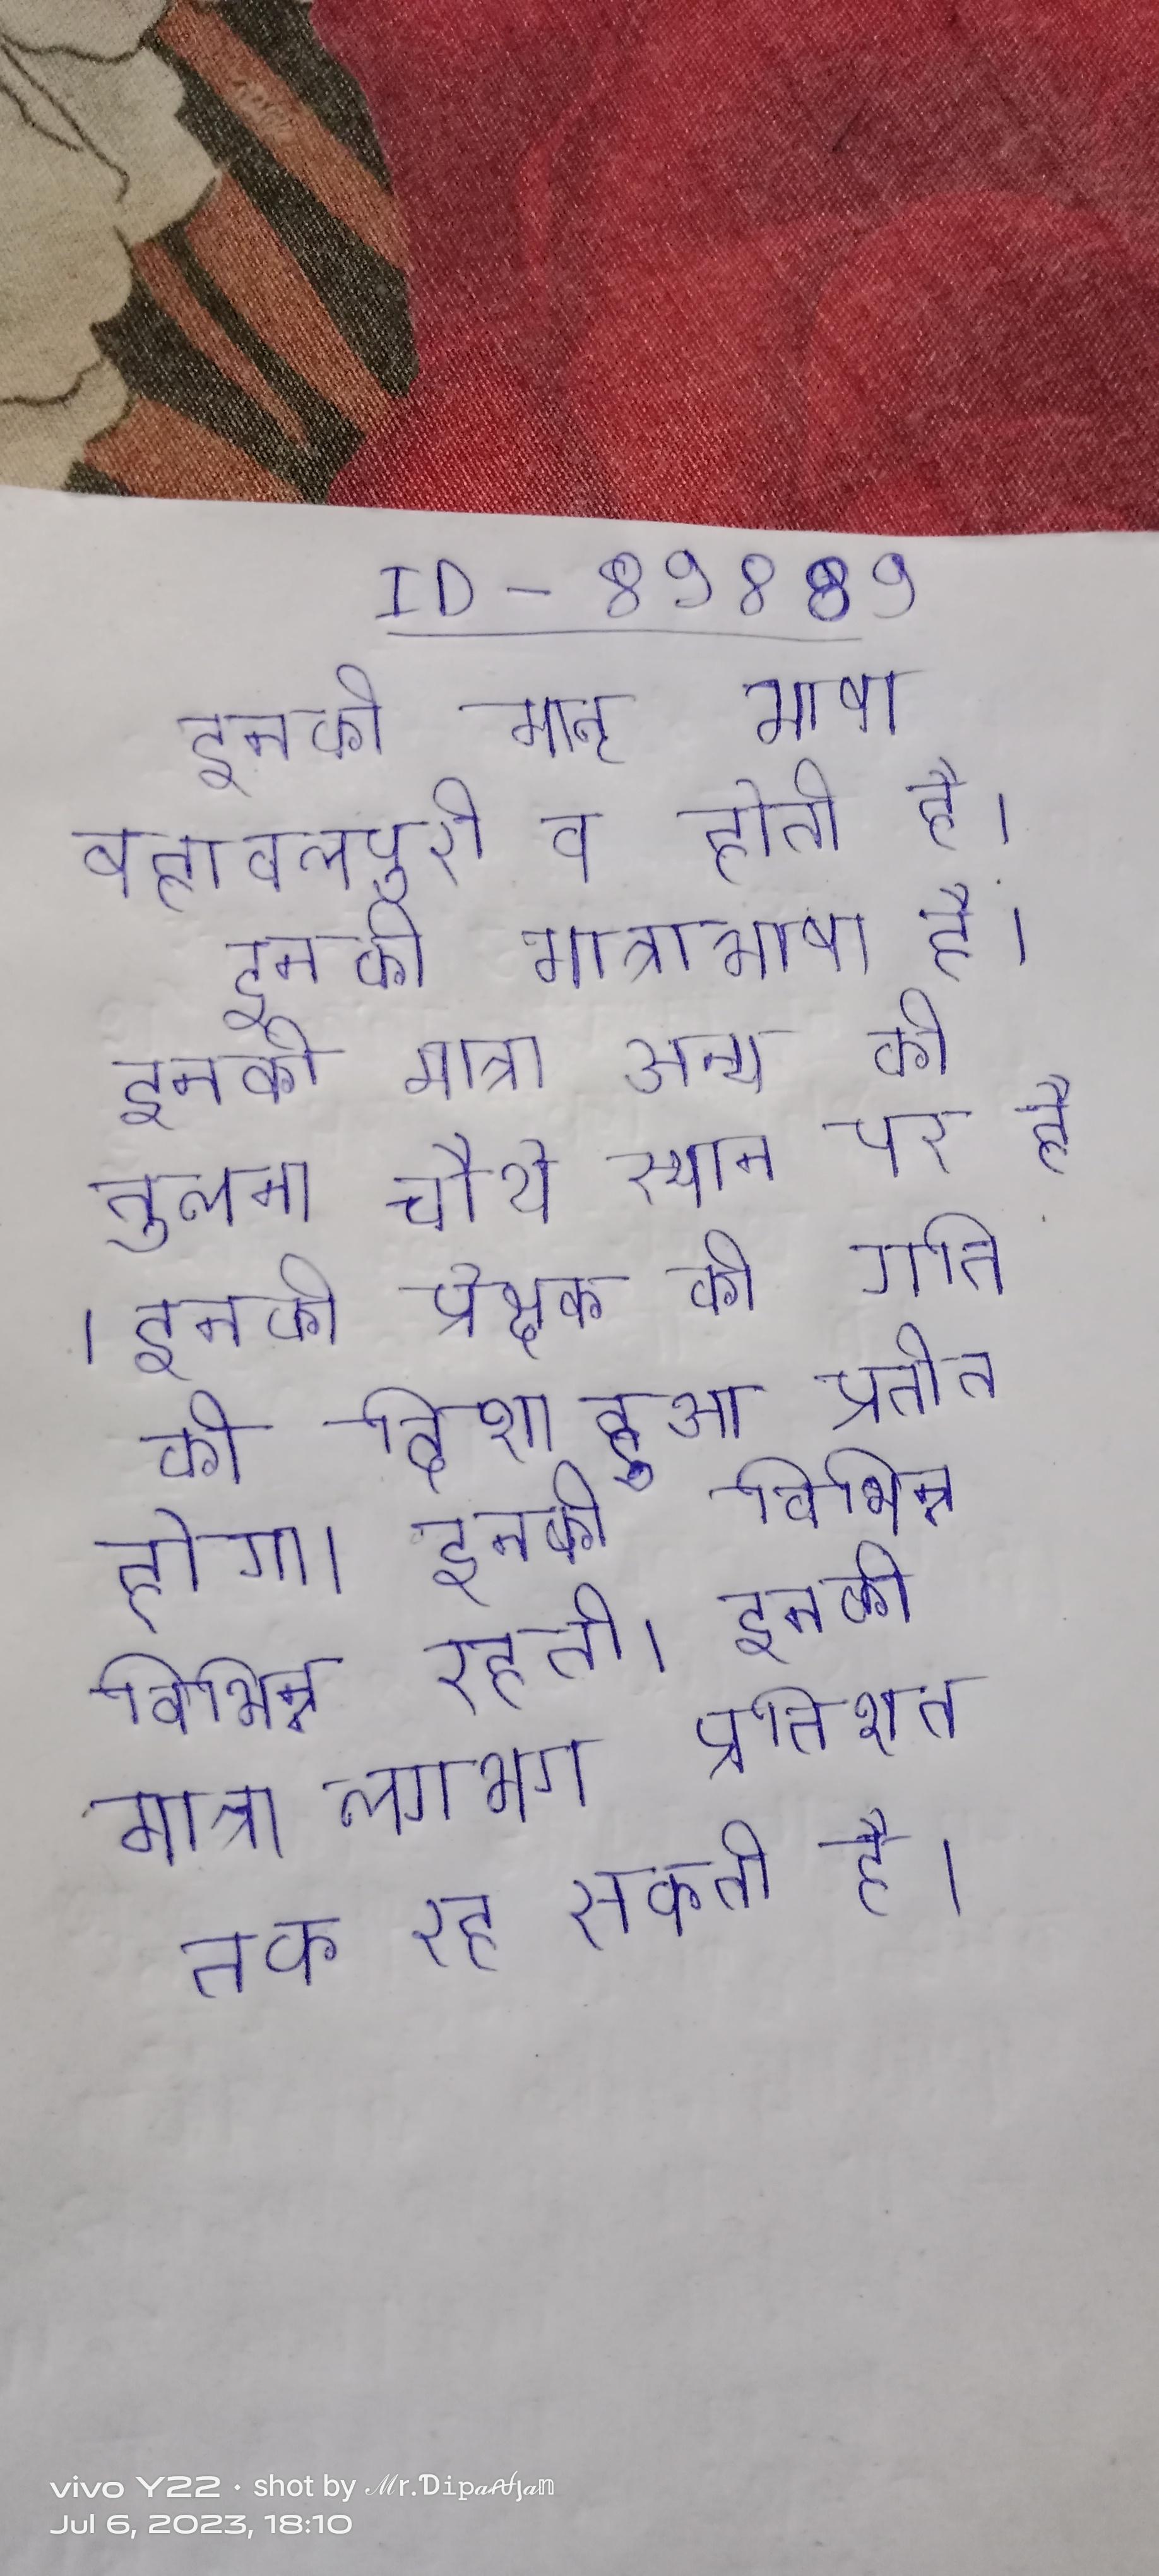
इनकी मातृ भाषा बहावलपुरी व होती है । इनकी मातृभाषा है । इनकी मात्रा अन्य की तुलना चौथे स्थान पर है । इनकी प्रेक्षक की गति की दिशा हुआ प्रतीत होगा । इनकी विभिन्न विभिन्न रहती । इनकी मात्रा लगभग प्रतिशत तक रह सकती है ।